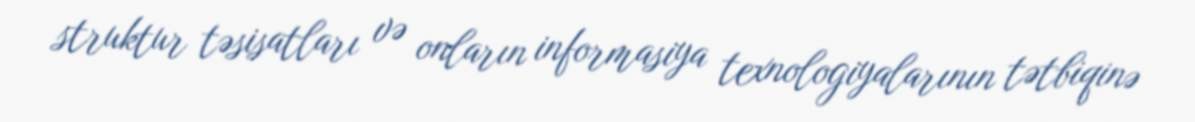
struktur təsisatları və onların informasiya texnologiyalarının tətbiqinə